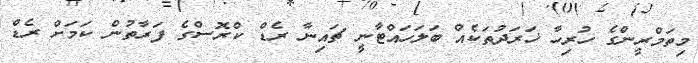
މިތަމްރީންގެ ހުރިހާ ޚަރަދުތަކެއް ބަލަހައްޓާނީ ޗައިނާ ރެޑް ކްރޮސްގެ ފަރާތުން ކަމަށް ރެޑް